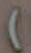
(